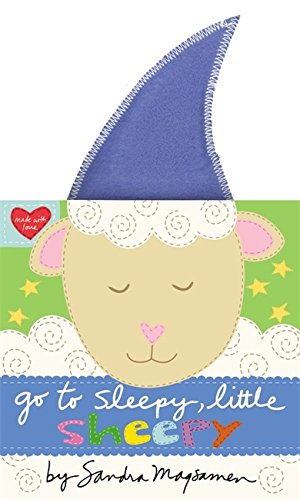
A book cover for Go to Sleepy, Little Sheepy (Made With Love); Sandra Magsamen; Children's Books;